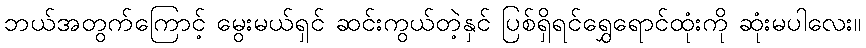
ဘယ်အတွက်ကြောင့် မွေးမယ်ရှင် ဆင်းကွယ်တဲ့နှင် ပြစ်ရှိရင်ရွှေရောင်ထုံးကို ဆုံးမပါလေး။